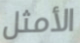
الأمثل